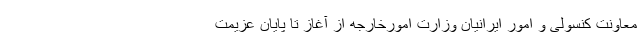
معاونت کنسولی و امور ایرانیان وزارت امورخارجه از آغاز تا پایان عزیمت